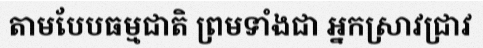
តាមបែបធម្មជាតិ ព្រមទាំងជា អ្នកស្រាវជ្រាវ